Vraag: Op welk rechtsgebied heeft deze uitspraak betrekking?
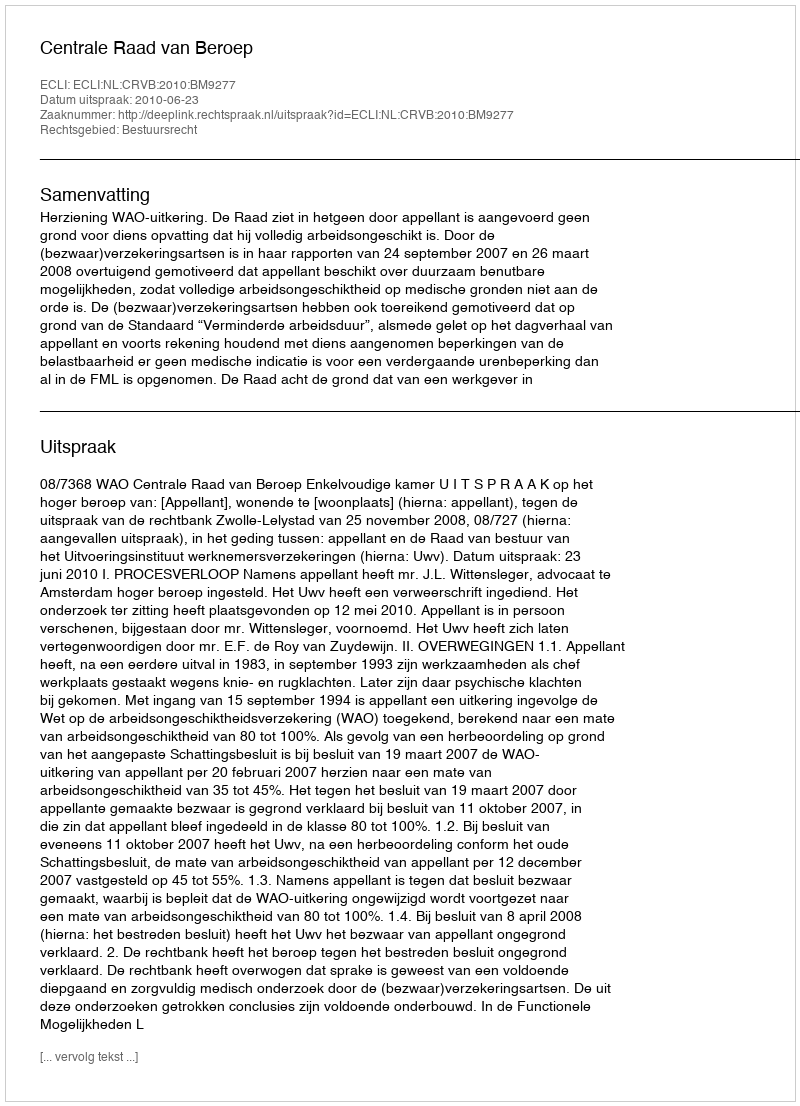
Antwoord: Bestuursrecht